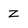
Character: Z